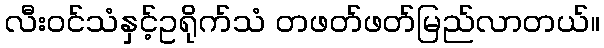
လီးဝင်သံနှင့်ဥရိုက်သံ တဖတ်ဖတ်မြည်လာတယ်။